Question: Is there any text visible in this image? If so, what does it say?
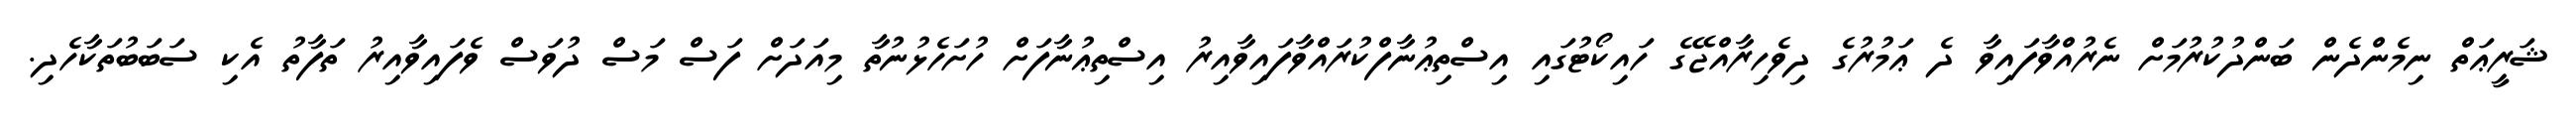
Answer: ޝަރީޢަތް ނިމެންދެން ބަންދުކުރުމަށް ނެރުއްވާފައިވާ ދެ ޢަމުރުގެ ދިވެހިރާއްޖޭގެ ހައިކޯޓުގައި އިސްތިޢުނާފްކުރައްވާފައިވާއިރު އިސްތިޢުނާފަށް ހުށަހެޅުނުތާ މިއަދަށް ފަސް މަސް ދުވަސް ވެފައިވާއިރު ތަފާތު އެކި ސަބަބުތަކާހެދި.